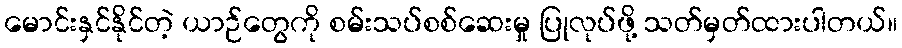
မောင်းနှင်နိုင်တဲ့ ယာဉ်တွေကို စမ်းသပ်စစ်ဆေးမှု ပြုလုပ်ဖို့ သတ်မှတ်ထားပါတယ်။